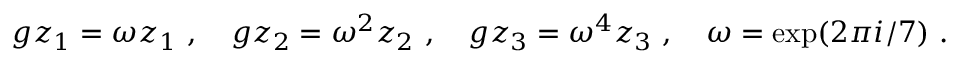
g z _ { 1 } = \omega z _ { 1 } ~ , ~ ~ ~ g z _ { 2 } = \omega ^ { 2 } z _ { 2 } ~ , ~ ~ ~ g z _ { 3 } = \omega ^ { 4 } z _ { 3 } ~ , ~ ~ ~ \omega = \exp ( 2 \pi i / 7 ) ~ .